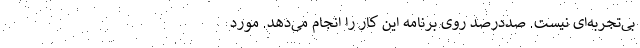
بی‌تجربه‌ای نیست. صددرصد روی برنامه این کار را انجام می‌دهد. مورد